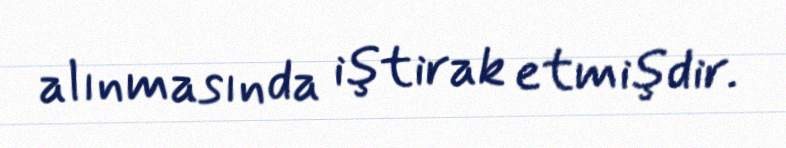
alınmasında iştirak etmişdir.